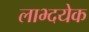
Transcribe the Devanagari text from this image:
लाभ्दयेक